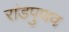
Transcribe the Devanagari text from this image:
रांडपुणव